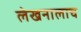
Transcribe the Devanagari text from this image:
लेखनालाच